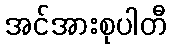
အင်အားစုပါတီ